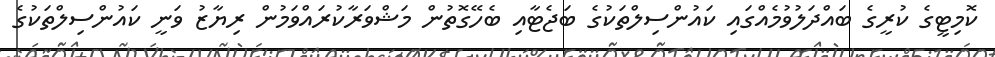
ކޮމިޓީގެ ކުރީގެ ބައްދަލުވުމެއްގައި ކައުންސިލްތަކުގެ ބަޖެޓާއި ބެހޭގޮތުން މަޝްވަރާކުރައްވަމުން ރިޔާޒު ވަނީ ކައުންސިލްތަކުގެ